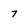
Character: 7